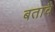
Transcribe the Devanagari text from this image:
बतावै